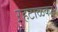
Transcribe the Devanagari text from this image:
ऱहटाळकर